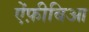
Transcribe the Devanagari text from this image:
ऐंफ़ीबिआ